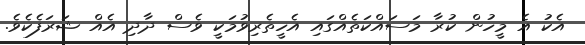
އެކު އެ މީހުން ކުރާ މަސައްކަތެއްގައި އެހީތެރިވުމަކީ ވެސް ދާދި އެއް ޝަރަފެކެވެ.